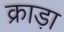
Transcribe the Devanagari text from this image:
क्राड़ा